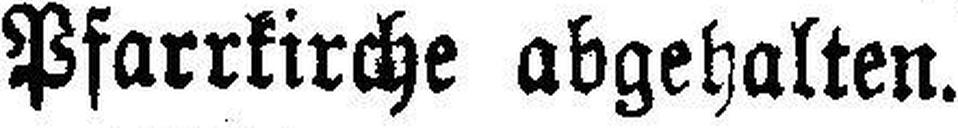
Pfarrkirche abgehalten.